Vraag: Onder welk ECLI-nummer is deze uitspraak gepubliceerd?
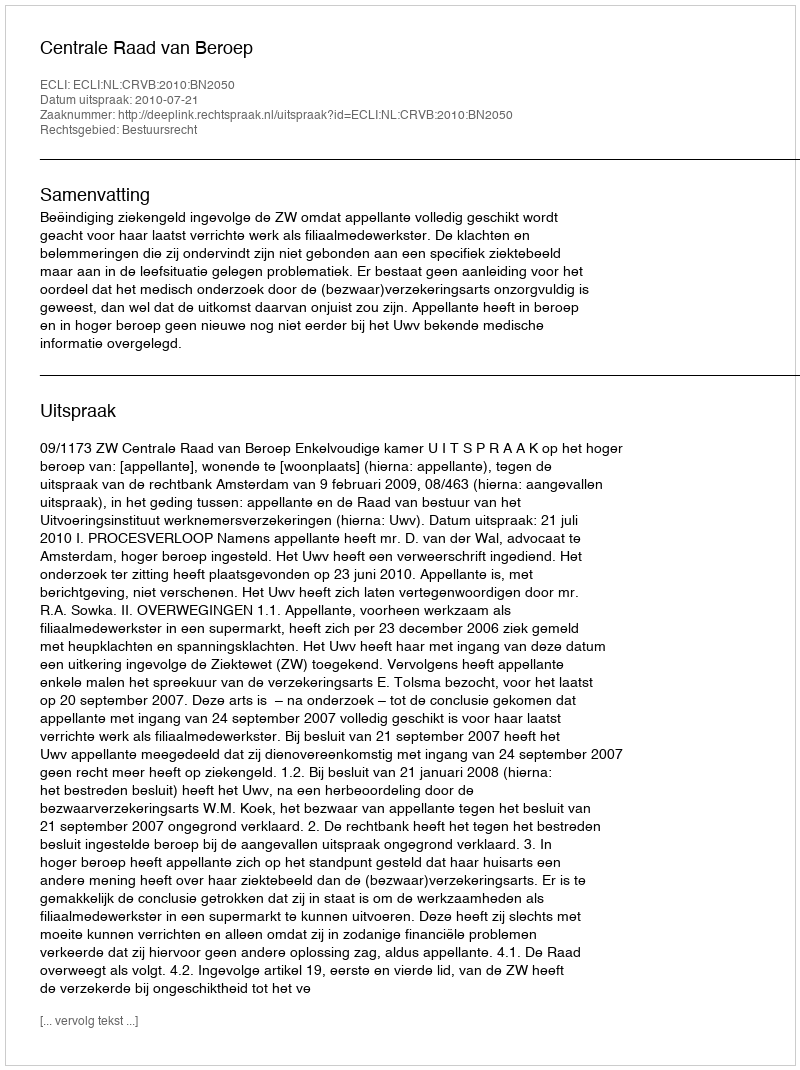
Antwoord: ECLI:NL:CRVB:2010:BN2050